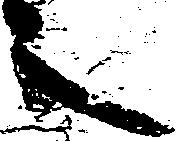
之